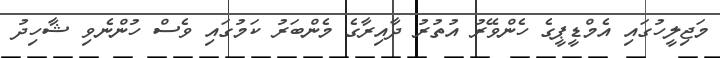
މަޖިލީހުގައި އެމްޑީޕީގެ ހެންވޭރު އުތުރު ދާއިރާގެ މެންބަރު ކަމުގައި ވެސް ހުންނެވި ޝާހިދު